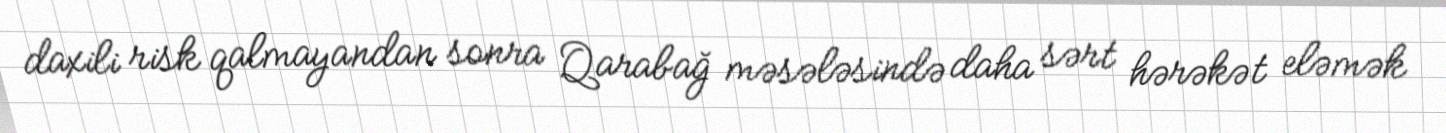
daxili risk qalmayandan sonra Qarabağ məsələsində daha sərt hərəkət eləmək